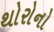
થોરોનો